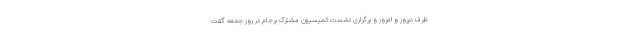
ظرف دیروز و امروز و برگزاری نشست کمیسیون مشترک برجام در روز جمعه گفت